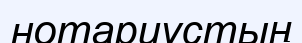
нотариустың